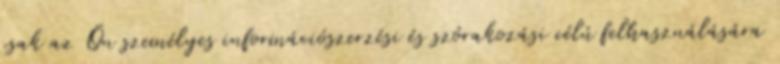
csak az Ön személyes információszerzési és szórakozási célú felhasználására